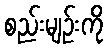
စည်းမျဉ်းကို